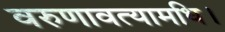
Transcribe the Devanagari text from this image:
वरुणावत्यामधि।